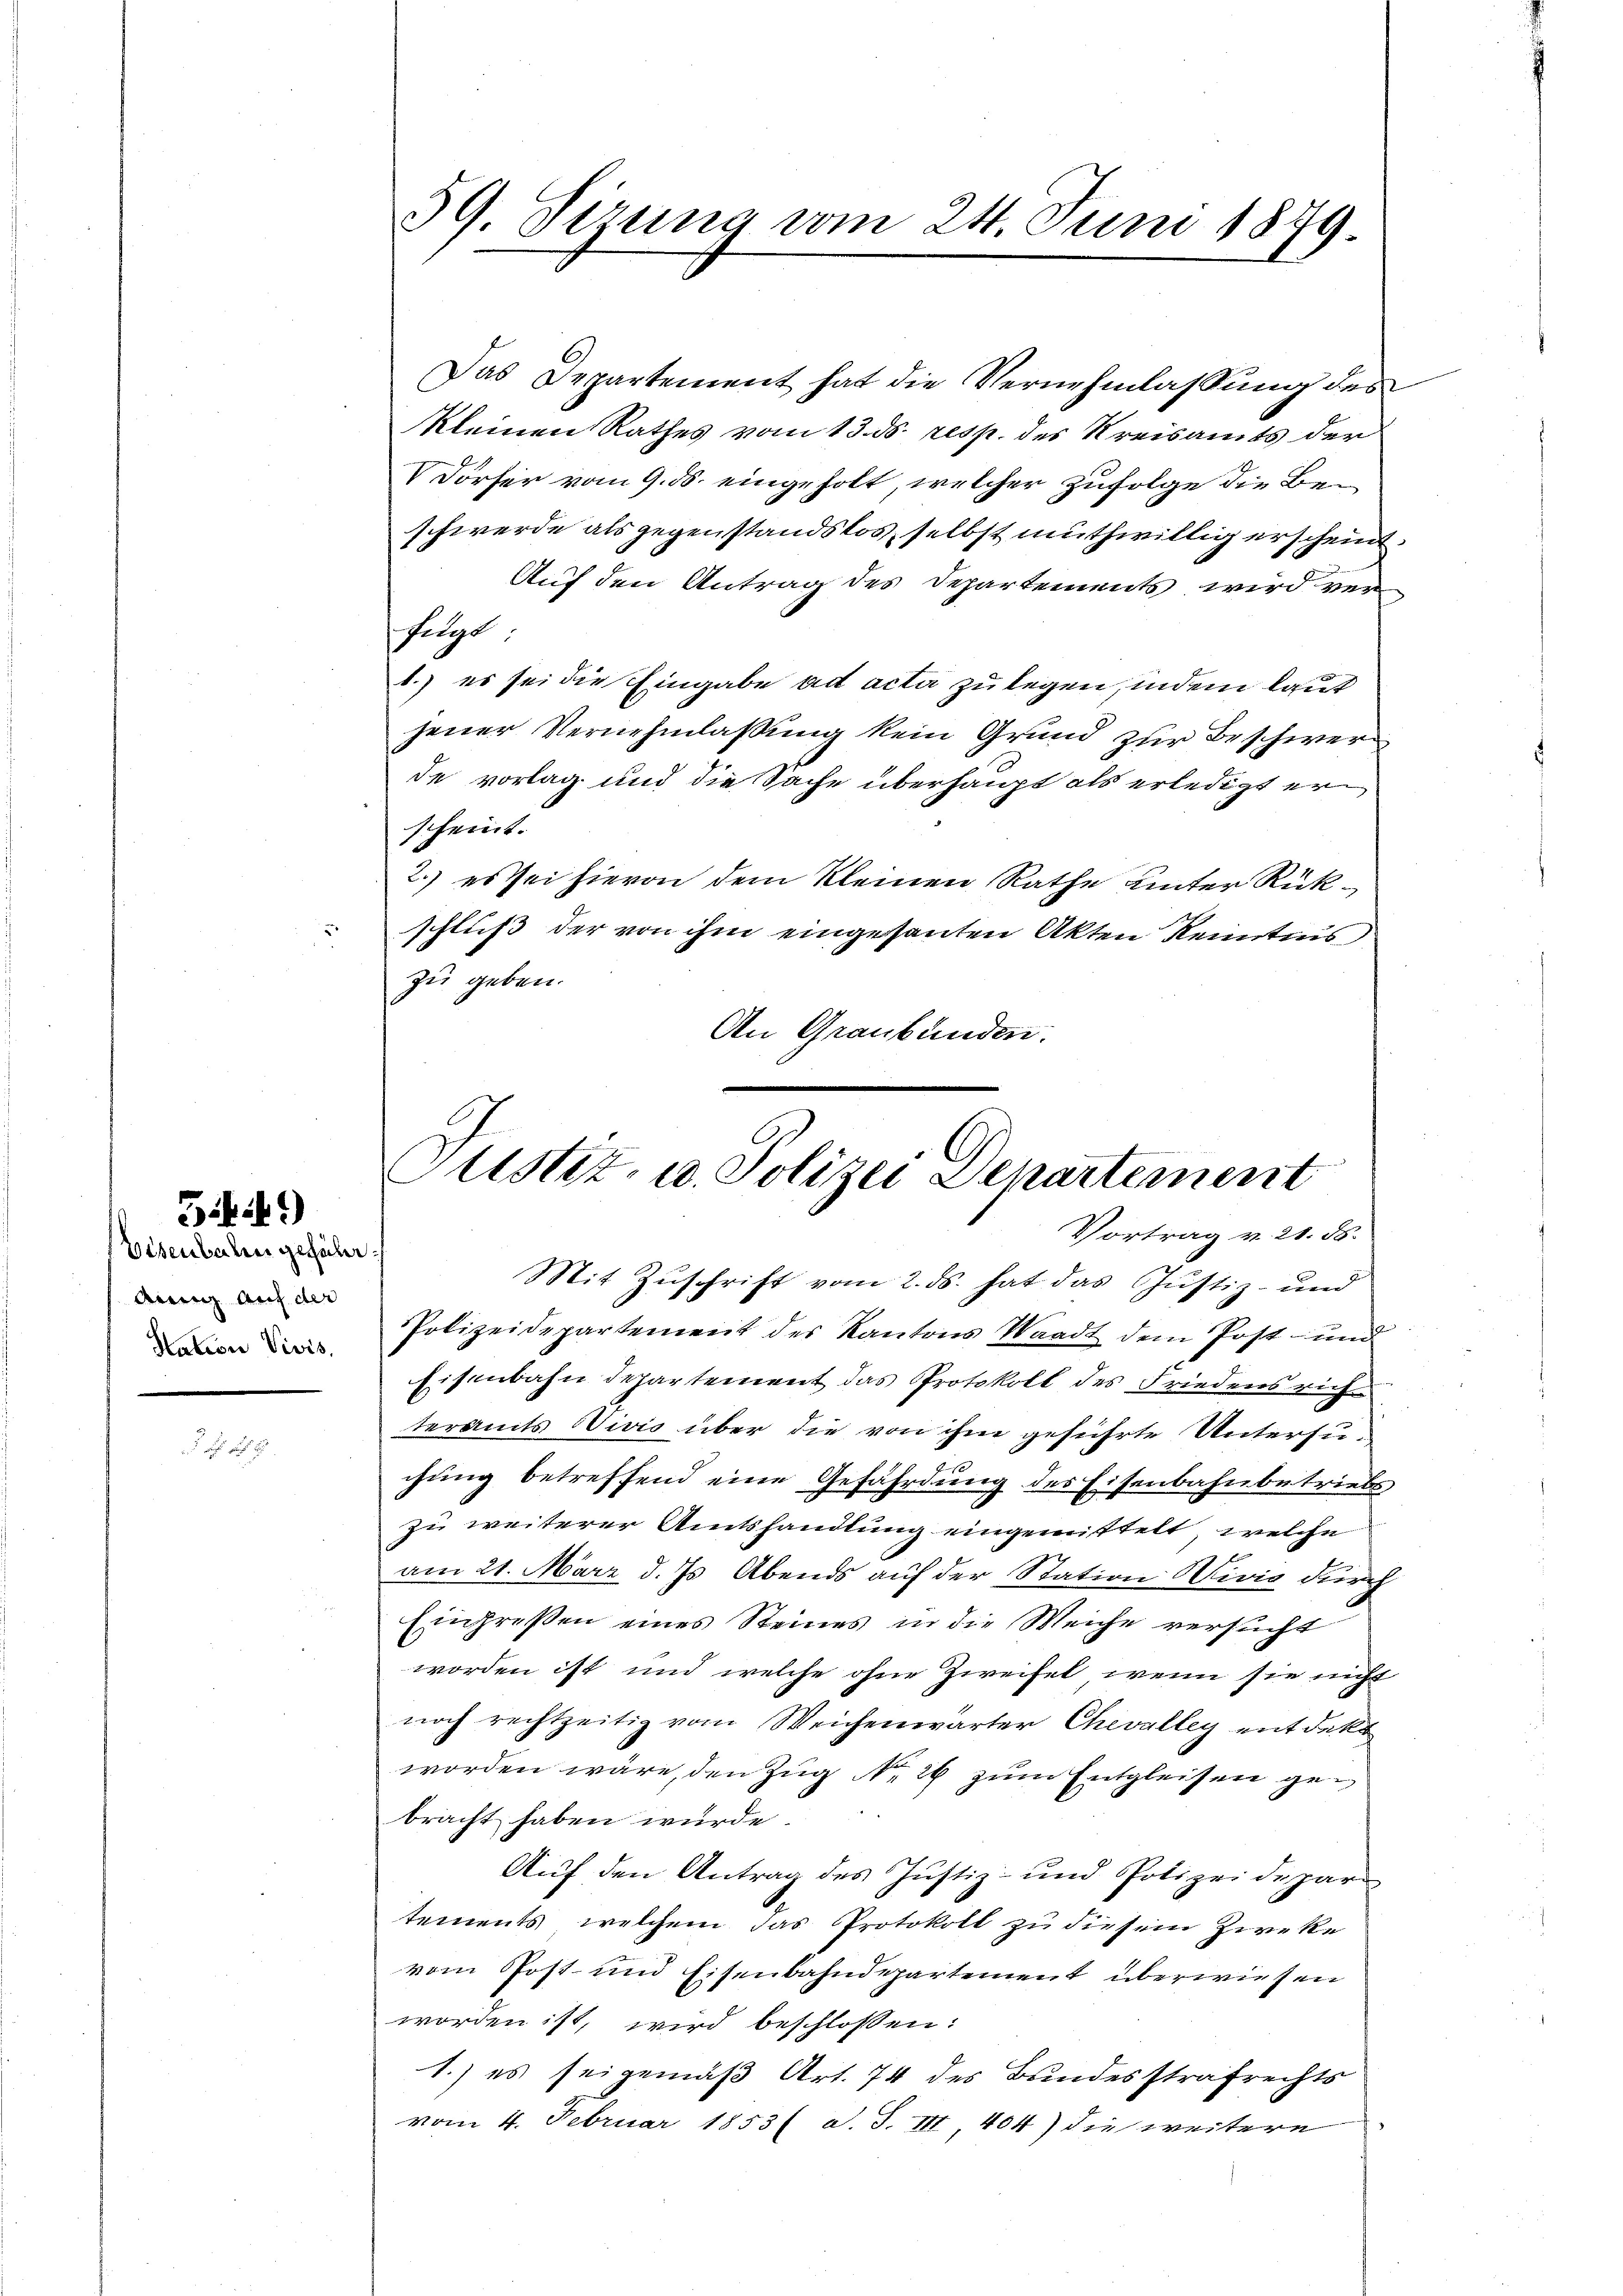
Eisenbahn geführ¬
Aung auf der
Station Vivis,

5kit.9)

2 x

Das Departement hat die Vernehmlassung des
kleinen Rathes vom 13. ds. resp. des Kreisamts der
V Dörfer vom 9. ds. eingeholt, welcher zufolge die Beschwerde als gegenstandslos, selbst muthwillig erscheint.
Auf den Antrag des Departements wird ver
folgt
b.) es sei die Eingabe ad acta zu legen, indem laut
jener Vernehmlassung kein Grund zur Beschwerde vorlag und die Sache überhaupt als erledigt erscheint.
2.) es sei hievon dem Kleinen Rathe unter Rückschluß der von ihm eingesanten Akten Kenntnis
zu geben.
An Graubünden.

59. Sizung vom 24. Juni 1879

Justiz- u. Polizei Departement
Vortrag v. 21. 56.

Mit Zŭschrift vom 2. ds. hat das Justiz- und
Polizeidepartement des Kantons Waadt dem Post- und
Eisenbahn departement das Protokoll des Friedensrich
teramts Vivis über die von ihm geführte Untersuchung betreffend eine Gefährdung des Eisenbahnbetriebs
zu weiterer Amtshandlung eingemittelt, welche
am 21. März d. Js. Abends auf der Station Wivić durch
Eingressen eines Steines in die Weiche versucht
worden ist und welche ohne Zweifel, wenn sie nicht
noch rechtzeitig vom Weichenwärter Chevalley entdekt
worden wäre, den Zug No 26 zum Entgleisen gebracht haben würde.
Auf den Antrag des Justiz- und Polizeidepar
tements, welchem das Protokoll zu diesem Zirke
vom Post- und Eisenbahndepartement überwiesen
worden ist, wird beschlossen:
1.) es sei gemäß Art. 74 des Bundesstrafrechts
vom 4. Februar 1853 ( d. S. III, 404) die weitere